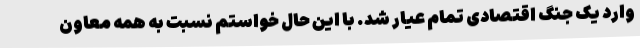
وارد یک جنگ اقتصادی تمام عیار شد. با این حال خواستم نسبت به همه معاون